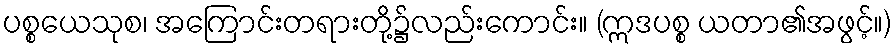
ပစ္စယေသုစ၊ အကြောင်းတရားတို့၌လည်းကောင်း။ (ဣဒပစ္စ ယတာ၏အဖွင့်။)